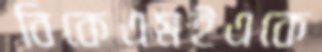
বিকেএমইএকে